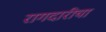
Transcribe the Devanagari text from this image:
रागदारीचा